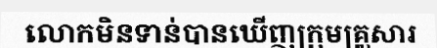
លោកមិនទាន់បានឃើញក្រុមគ្រួសារ